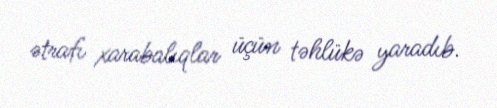
ətrafı xarabalıqlar üçün təhlükə yaradıb.